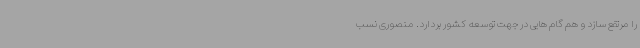
را مرتفع سازد و هم گام هایی در جهت توسعه کشور بردارد. منصوری نسب